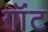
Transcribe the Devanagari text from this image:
गॉंट